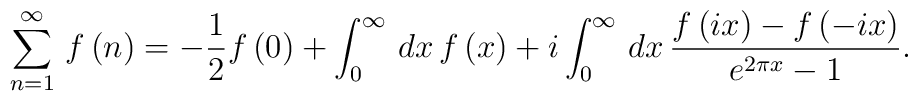
\sum _{n=1}^{\infty }\, f\left( n\right) =-\frac{1}{2}f\left( 0\right) +\int _{0}^{\infty }\, dx\, f\left( x\right) +i\int _{0}^{\infty }\, dx\, \frac{f\left( ix\right) -f\left( -ix\right) }{e^{2\pi x}-1}.